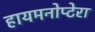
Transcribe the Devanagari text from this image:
हायमनोप्टेरा